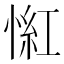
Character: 𢞃